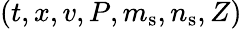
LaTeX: (t,x,v,P,m_{\mathrm{s}},n_{\mathrm{s}},Z)